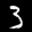
Label: 3